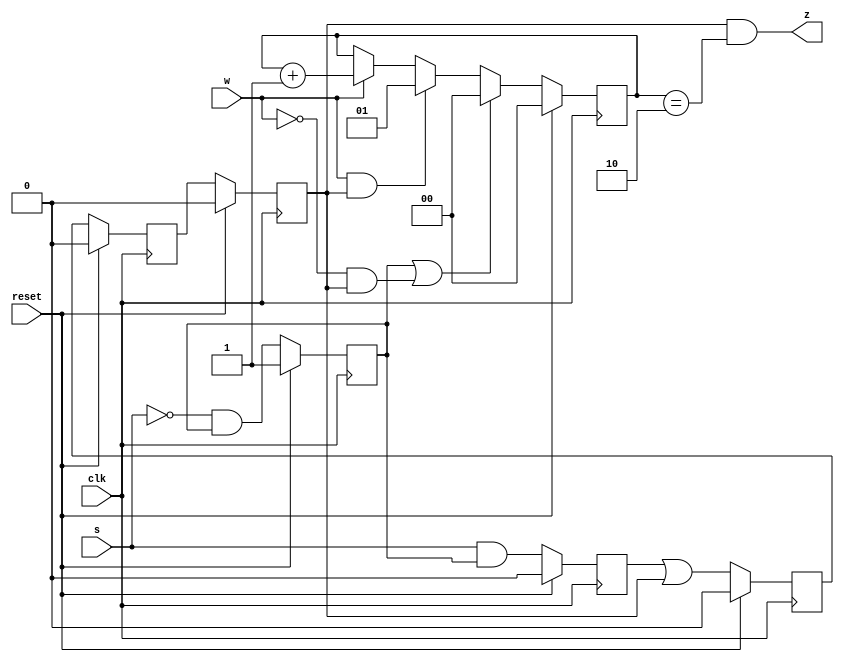
module top_module (
    input clk,
    input reset,   // Synchronous reset
    input s,
    input w,
    output z
);

    reg A_stt, B_stt, B1_stt, B2_stt, B3_stt;
    reg n_A, n_B, n_B1, n_B2, n_B3;
    reg [1:0] count;

    always @(*) begin
        n_A = (~s) & A_stt;
        n_B = (s) & A_stt;
        n_B1 = B_stt | B3_stt;
        n_B2 = B1_stt;
        n_B3 = B2_stt;
    end

    always @(posedge clk) begin
        if(reset) begin
            A_stt <= 1;
            B_stt <= 0;
            B1_stt <= 0;
            B2_stt <= 0;
            B3_stt <= 0;
        end
        else begin
            A_stt <= n_A;
            B_stt <= n_B;
            B1_stt <= n_B1;
            B2_stt <= n_B2;
            B3_stt <= n_B3;
        end
    end

    always @(posedge clk) begin
        if(reset) count <= 0;
        else if(A_stt | ((~w) & B3_stt)) count <= 0;
        else if((w) & B3_stt) count <= 1;
        else if(w) count <= count + 1;
    end

    assign z = B3_stt & (count == 2);

endmodule